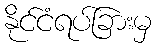
နိုင်ငံရပ်ခြားမှ